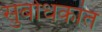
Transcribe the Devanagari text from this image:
सुबोधकांत